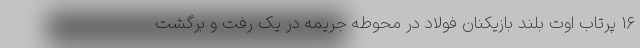
۱۶ پرتاب اوت بلند بازیکنان فولاد در محوطه جریمه در یک رفت و برگشت